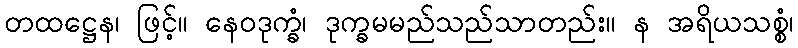
တထဋ္ဌေန၊ ဖြင့်။ နေဝဒုက္ခံ၊ ဒုက္ခမမည်သည်သာတည်း။ န အရိယသစ္စံ၊